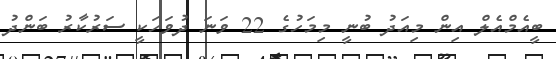
ބީއެމްއެލް އިން މިއަދު ބުނީ މިމަހުގެ 22 ވަނަ ދުވަހަކީ ސަރުކާރު ބަންދު